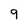
Character: 9